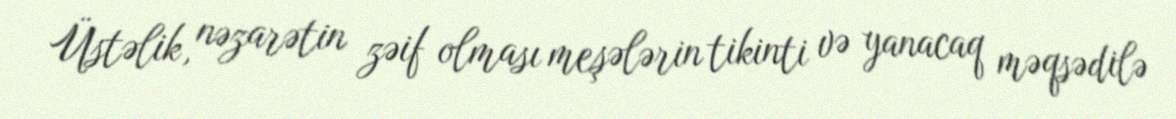
Üstəlik, nəzarətin zəif olması meşələrin tikinti və yanacaq məqsədilə